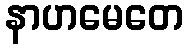
နာဟမေတေ